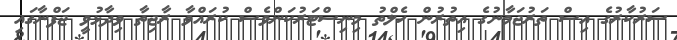
ސަރުކާރުގެ އިސް ތަރުޖަމާނުގެ އިތުރުން ހެލްތު މިނިސްޓަރުކަންވެސް ކުރައްވާ ރާޖިތާ ވިދާޅުވީ ޖަފްނާގައި